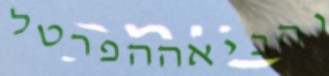
והביאההפרטל